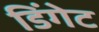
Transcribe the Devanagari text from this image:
डिंगेट